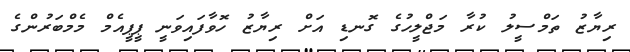
ރިޔާޒު ތަމްސީލު ކުރާ މަޖްލީހުގެ ގޮނޑި އަށް ރިޔާޒު ހޮވާފައިވަނީ ޕީޕީއެމް މެމްބަރުންގެ